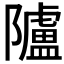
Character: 𨽜